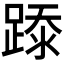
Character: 𰸢